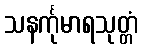
သနင်္ကုမာရသုတ္တံ